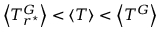
\left< T _ { r ^ { \star } } ^ { G } \right> < \left< T \right> < \left< T ^ { G } \right>